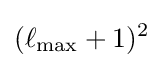
(\ell _{\max }+1)^{2}